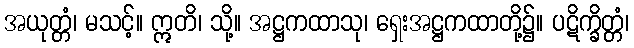
အယုတ္တံ၊ မသင့်။ ဣတိ၊ သို့။ အဋ္ဌကထာသု၊ ရှေးအဋ္ဌကထာတို့၌။ ပဋိက္ခိတ္တံ၊